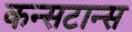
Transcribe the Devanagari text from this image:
कन्सटान्स